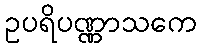
ဥပရိပဏ္ဏာသကေ